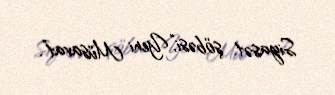
Siyasət şöbəsi,“Yeni Müsavat”.